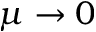
\mu \rightarrow 0